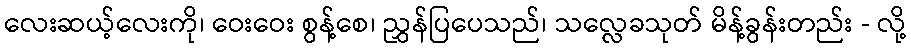
လေးဆယ့်လေးကို၊ ဝေးဝေး စွန့်စေ၊ ညွှန်ပြပေသည်၊ သလ္လေခသုတ် မိန့်ခွန်းတည်း - လို့